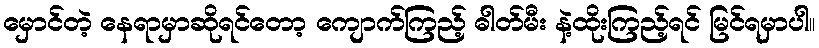
မှောင်တဲ့ နေရာမှာဆိုရင်တော့ ကျောက်ကြည့် ဓါတ်မီး နဲ့ထိုးကြည့်ရင် မြင်ရမှာပါ။